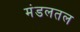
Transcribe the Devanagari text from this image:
मंडलतल